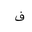
Letter: _fa